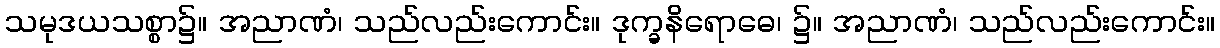
သမုဒယသစ္စာ၌။ အညာဏံ၊ သည်လည်းကောင်း။ ဒုက္ခနိရောဓေ၊ ၌။ အညာဏံ၊ သည်လည်းကောင်း။